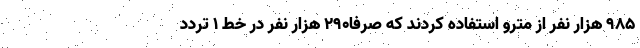
۹۸۵ هزار نفر از مترو استفاده کردند که صرفا۲۹۰ هزار نفر در خط ۱ تردد